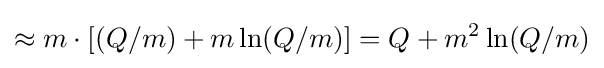
\approx m\cdot [(Q/m)+m\ln(Q/m)]=Q+m^{2}\ln(Q/m)